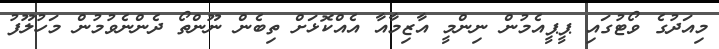
މިއަދުގެ ވޯޓުގައި ޕީޕީއެމުން ނިންމީ އާޒިމާއާ އެއްކޮޅަށް ތިބެން ނޫންތޯ ދެންނެވުމުން މަހުލޫފު